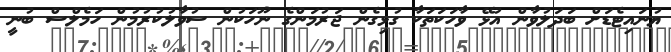
ޔުނައިޓެޑަށް ބަދަލުވާން އުޅޭ ވާހަކަތަކާ ގުޅިގެން ޖަރުމަންގެ ނޫހަކުން ސުވާލުކުރުމުން ހަމެލްސް ބުނީ